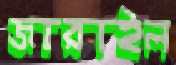
জারাইল